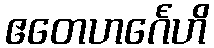
ဧတေဟင်္ဂေဟိ